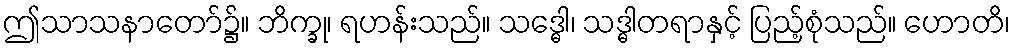
ဤသာသနာတော်၌။ ဘိက္ခု၊ ရဟန်းသည်။ သဒ္ဓေါ၊ သဒ္ဓါတရာနှင့် ပြည့်စုံသည်။ ဟောတိ၊